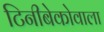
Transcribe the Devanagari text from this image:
टिनीबेकोवाला